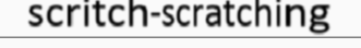
scritch-scratching